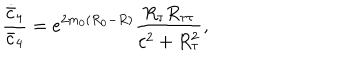
{ \frac { \dot { \bar { c } } _ { 4 } } { \bar { c } _ { 4 } } } = e ^ { 2 m _ { 0 } ( R _ { 0 } - R ) } { \frac { R _ { \tau } R _ { \tau \tau } } { c ^ { 2 } + R _ { \tau } ^ { 2 } } } ,